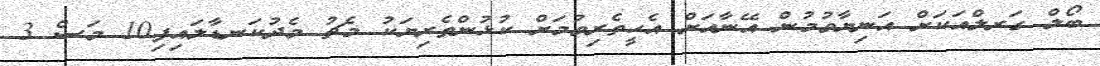
ބޯލް ގަރލްއަކަށް އަނިޔާވުމުން އޭނާއަށް އެހީތެރިވުމަށް ކުޅުންތެރިޔަކު މެޗު މެދުކަނޑާލައިފި10 މަސް 3